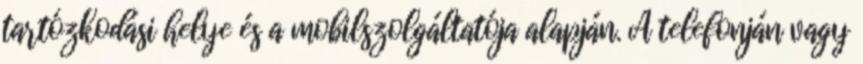
tartózkodási helye és a mobilszolgáltatója alapján. A telefonján vagy